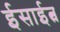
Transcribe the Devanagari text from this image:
ईसाईत्व